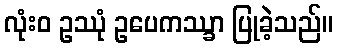
လုံးဝ ဥဿုံ ဥပေကဿ္ခာ ပြုခဲ့သည်။